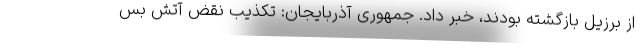
از برزیل بازگشته بودند، خبر داد. جمهوری آذربایجان: تکذیب نقض آتش بس